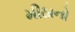
મીઠાનો